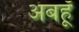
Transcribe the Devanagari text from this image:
अबहूँ